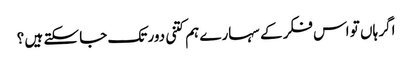
اگر ہاں تو اس فکر کے سہارے ہم کتنی دور تک جا سکتے ہیں ؟